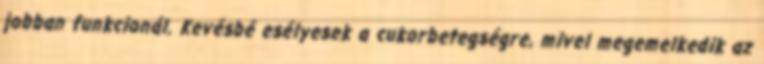
jobban funkcionál. Kevésbé esélyesek a cukorbetegségre, mivel megemelkedik az